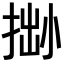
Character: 𢮬